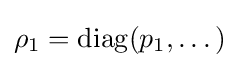
\rho _{1}=\mathrm {diag} (p_{1},\dots )